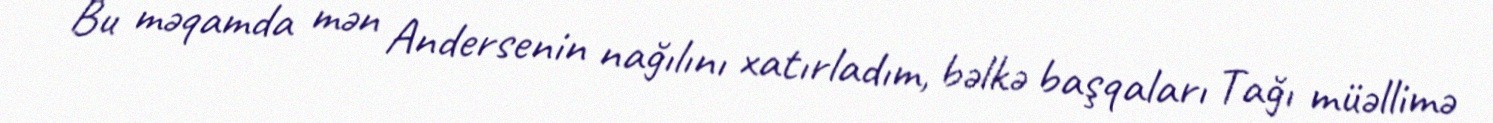
Bu məqamda mən Andersenin nağılını xatırladım, bəlkə başqaları Tağı müəllimə